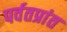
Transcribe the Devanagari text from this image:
पर्वतप्रांत